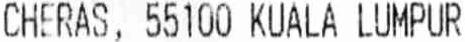
CHERAS, 55100 KUALA LUMPUR